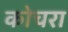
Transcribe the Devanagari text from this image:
कोचरा